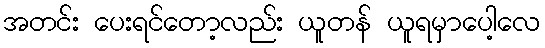
အတင်း ပေးရင်တော့လည်း ယူတန် ယူရမှာပေါ့လေ